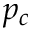
p _ { c }